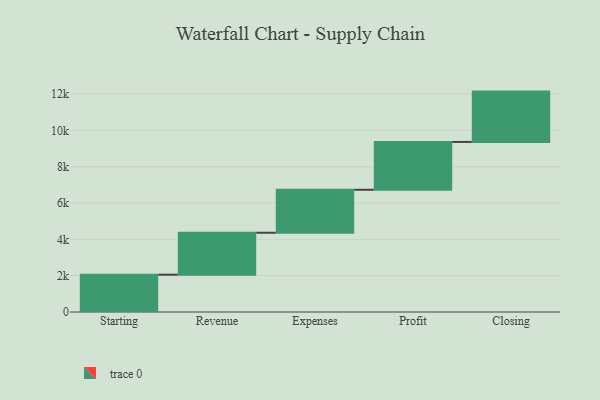
{"axis": {"x": "Step", "y": "Value"}, "legend": [""], "data": [{"x": "Starting", "y": 2054.0, "type": ""}, {"x": "Revenue", "y": 2309.0, "type": ""}, {"x": "Expenses", "y": 2366.0, "type": ""}, {"x": "Profit", "y": 2633.0, "type": ""}, {"x": "Closing", "y": 2771.0, "type": ""}]}